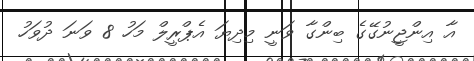
އާ އިންޖީނުގޭގެ ބިންގާ ވަނީ މިދިޔަ އެޕްރީލް މަހު 8 ވަނަ ދުވަހު